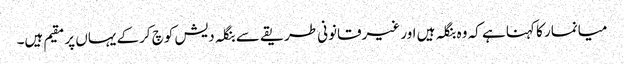
میانمار کا کہنا ہے کہ وہ بنگلہ ہیں اور غیرقانونی طریقے سے بنگلہ دیش کوچ کرکے یہاں پر مقیم ہیں۔